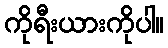
ကိုရီးယားကိုပါ။